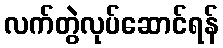
လက်တွဲလုပ်ဆောင်ရန်